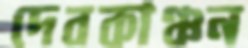
দেবকাঞ্চন